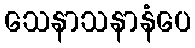
သေနာသနာနံပေ